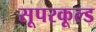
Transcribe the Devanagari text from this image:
सूपरकूल्ड